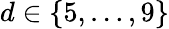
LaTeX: d\in\{ 5,\ldots,9\}